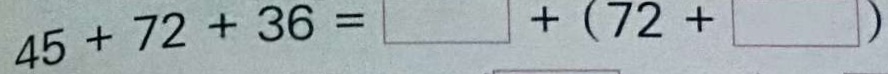
4 5 + 7 2 + 3 6 = + 7 2 +